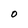
Character: O